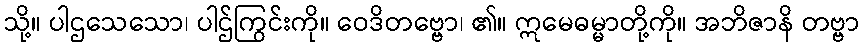
သို့။ ပါဌသေသော၊ ပါဌ်ကြွင်းကို။ ဝေဒိတဗ္ဗော၊ ၏။ ဣမေဓမ္မာတို့ကို။ အဘိဇာနိ တဗ္ဗာ